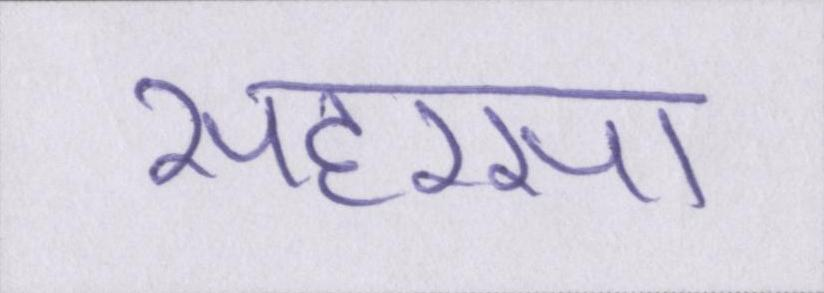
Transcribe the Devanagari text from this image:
सहरसा